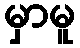
မှာမူ